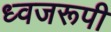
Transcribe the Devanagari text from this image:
ध्वजरूपी